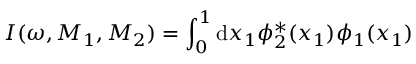
I ( \omega , M _ { 1 } , M _ { 2 } ) = \int _ { 0 } ^ { 1 } \mathrm { d } x _ { 1 } \phi _ { 2 } ^ { * } ( x _ { 1 } ) \phi _ { 1 } ( x _ { 1 } )